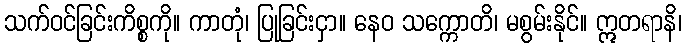
သက်ဝင်ခြင်းကိစ္စကို။ ကာတုံ၊ ပြုခြင်းငှာ။ နေဝ သက္ကောတိ၊ မစွမ်းနိုင်။ ဣတရာနိ၊